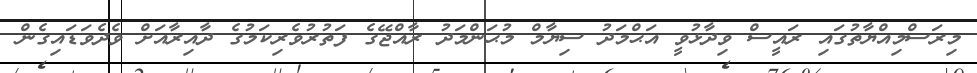
މިރަސްމިއްޔާތުގައި ރައީސް ވިދާޅުވީ އަޙްމަދު ސިޔާމް މުޙަންމަދު ރާއްޖޭގެ ފަތުރުވެރިކަމުގެ ދާއިރާއަށް ވެދެވަޑައިގެން